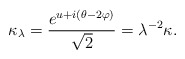
\begin{align*} \kappa_{\lambda} = \frac{e^{u +i (\theta- 2 \varphi)}}{\sqrt{2}} = \lambda^{-2} \kappa.\end{align*}